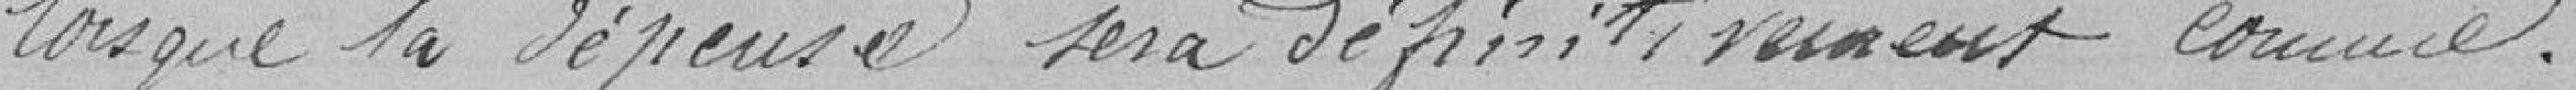
lorsque la dépense sera définitivement connue